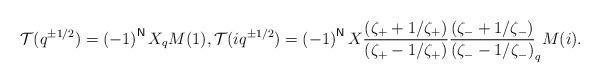
LaTeX: \begin{align*}\mathcal{T}(q^{\pm 1/2})=\left( -1\right) ^{\mathsf{N}}X_{q}M(1),\mathcal{T}(iq^{\pm 1/2})=\left( -1\right) ^{\mathsf{N}}X\frac{(\zeta _{+}+1/\zeta _{+})}{(\zeta _{+}-1/\zeta _{+})}\frac{(\zeta_{-}+1/\zeta _{-})}{(\zeta _{-}-1/\zeta _{-})}_{q}M(i).\end{align*}